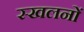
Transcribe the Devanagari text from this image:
स्खलनों